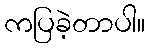
ကပြခဲ့တာပါ။